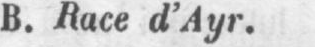
B. Race d’Ayr.